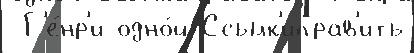
 Г'е́нр'и одно́й Ссылк'иправ'ить